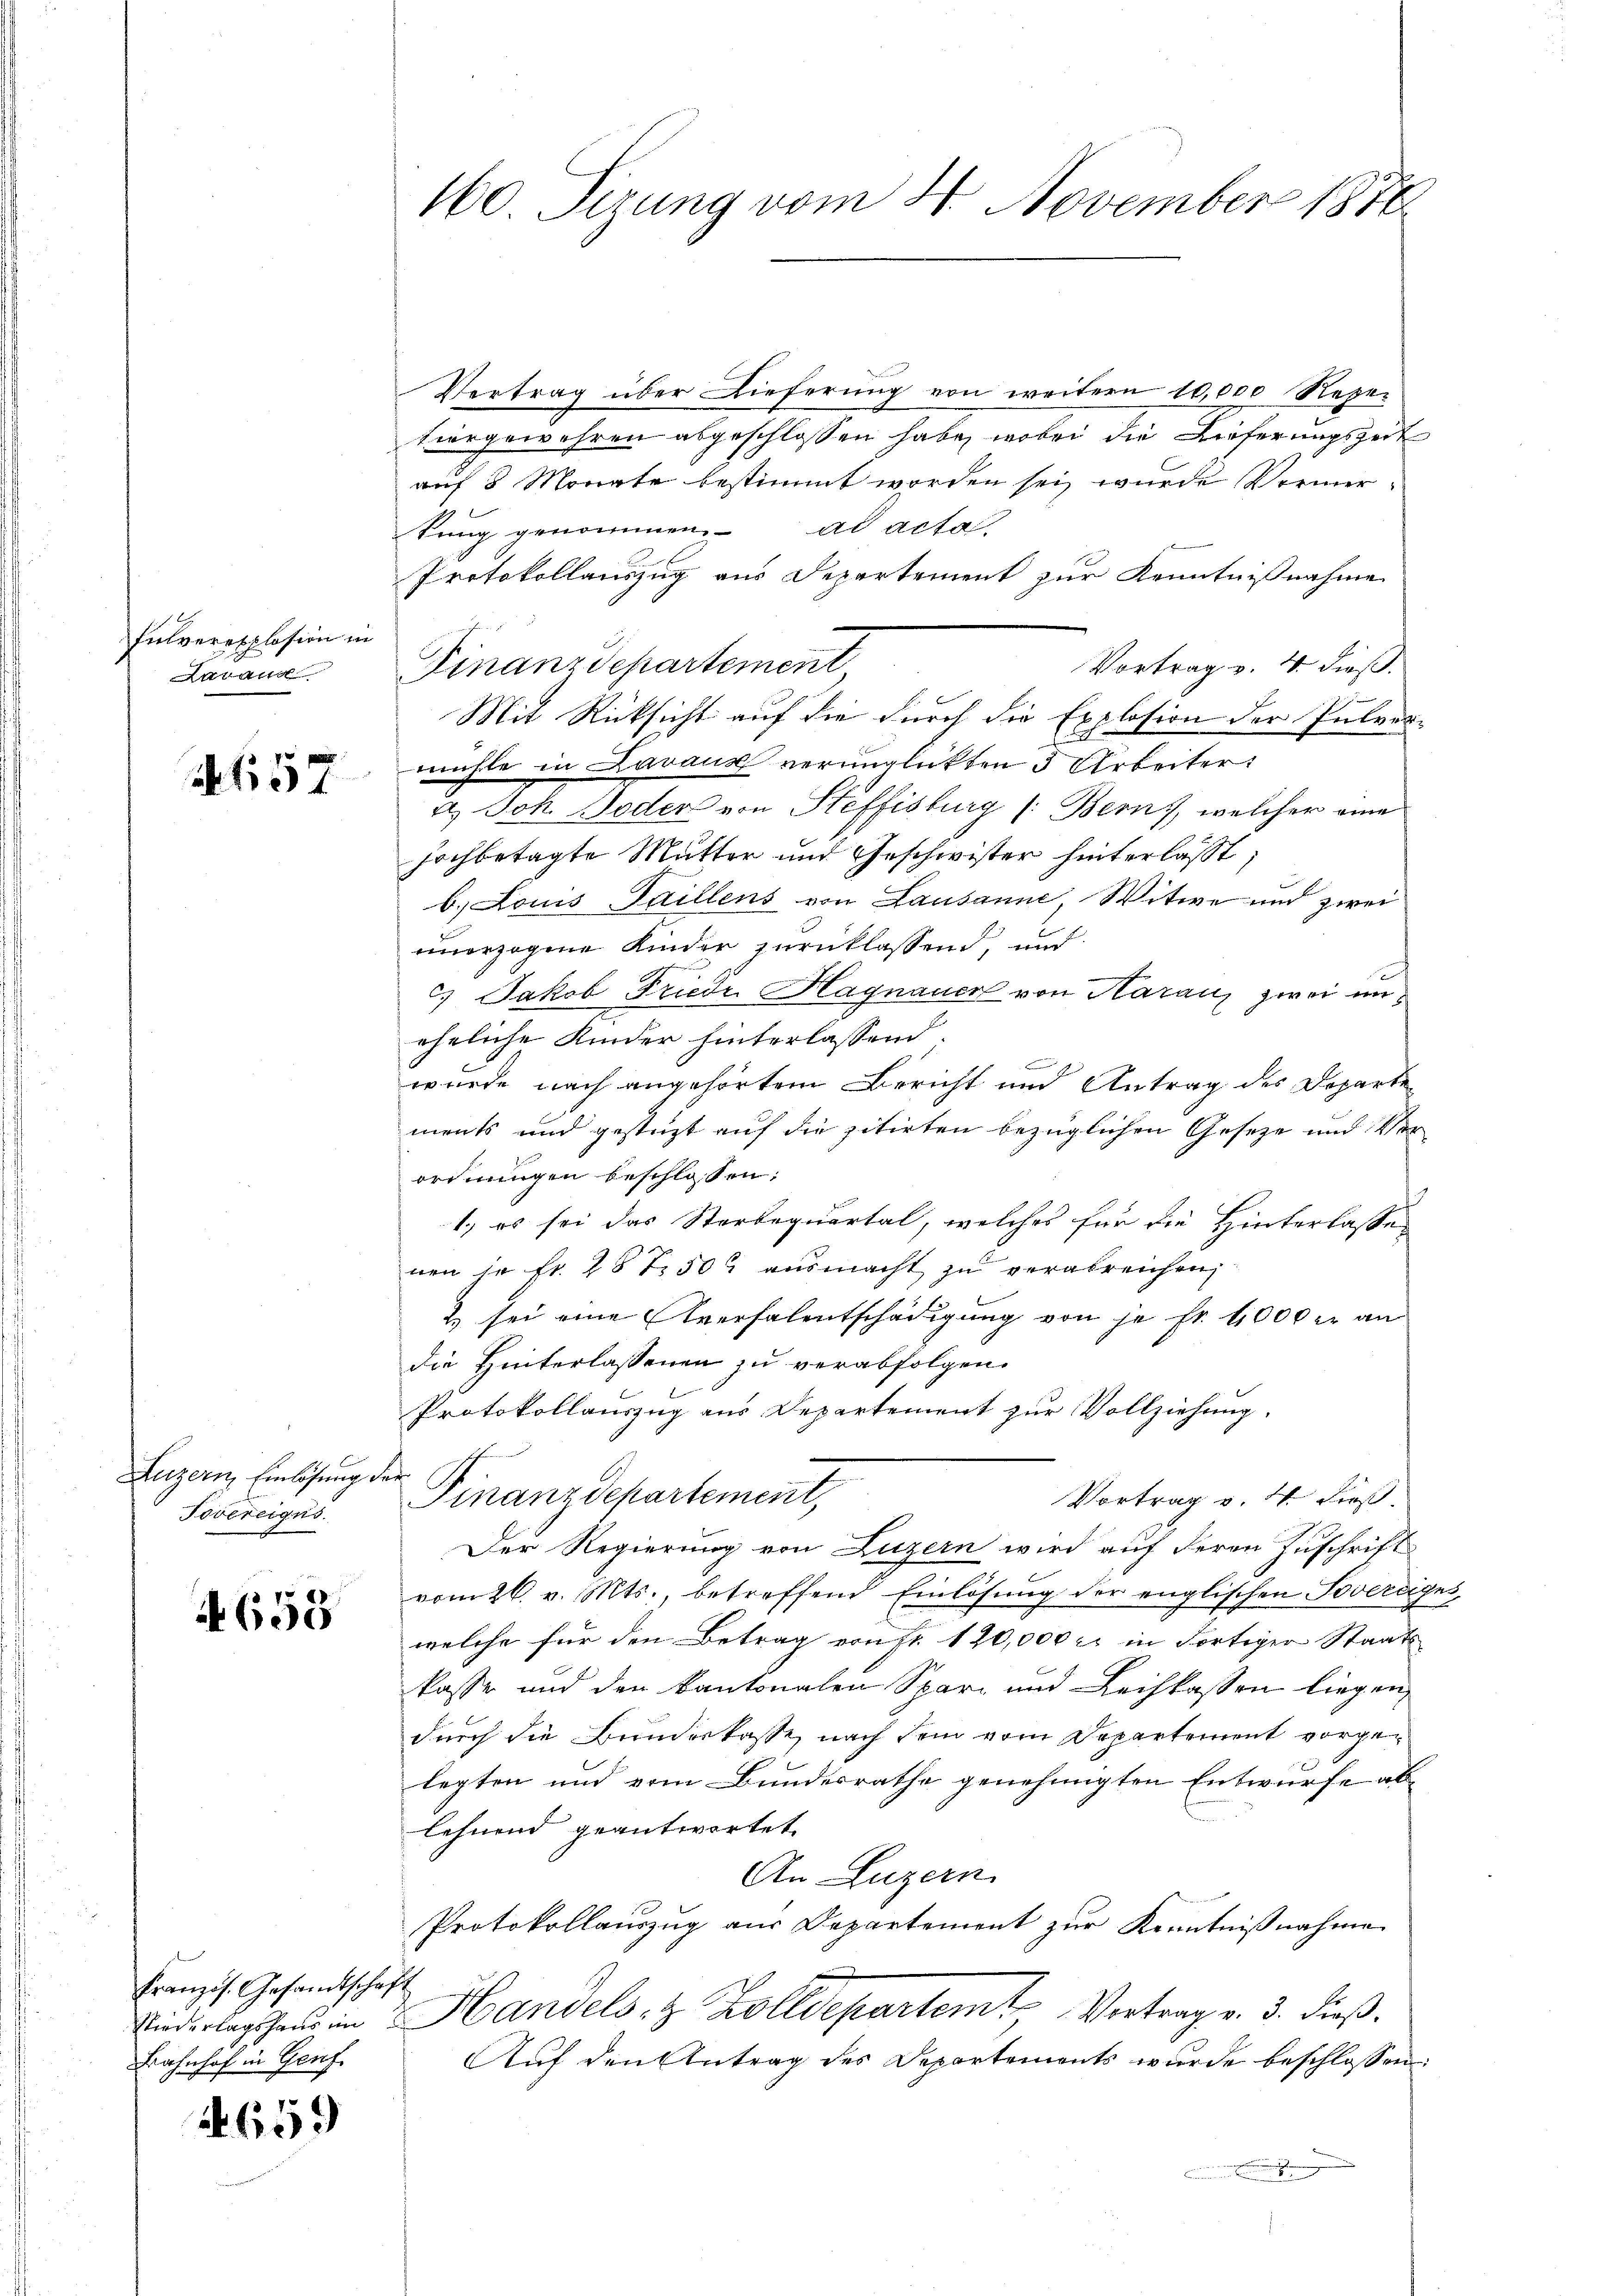
Fulverexplosion in
Arrang

657

Luzern Einlösung der
Tovereigus.

658

Vertrag über Lieferŭng von weitern 10,000 Reze
tiorgewehren abgeschlossen habe, wobei die Lieferungszeit
auf 3 Monate bestimmt worden sei, wurde Vormerkung genommen. ad acta.
Protokollauszug aus Departement zur Kenntnißnahme
Vortrag v. 4. dieß.
Finanzdepartement
Mit Rücksicht auf die durch die Explosion der Pulvermüchte in Lavaux verunglückten 3 Arbeiter
u. Joh. Toder von Steffisburg (: Bern, welcher eine
hochbetagte Mutter und Geschwister hinterlasst,
b. Louis Faillens von Lausanne Witwe und zwei
unerzogene Kinder zurücklassend, und
C) Jakob Friede Hagnauer von Haranz zwei uneheliche Kinder hinterlassend.

wurde nach angehörtem Bericht und Antrag des Departe
ments und gestüzt auf die zitirten bezüglichen Geseze und Ver
ordnungen beschlossen:
1.) es sei das Starbequartal, welches für die Hinterlasse
nen je fr. 287. 502 ausmacht zu verabreichen,
2 sei eine Aversalentschädigung von je fr. 4000 er andie Hinterlassenen zu verabfolgen.
Protokollauszug aus Departement zur Vollziehung.
Finanzdepartement,
Vortrag v. 4. dieß.
Der Regierung von Luzern wird auf deren Zuschrift
vom 26. v. Mts., betreffend Einlösung der englischen Soverdiges,
welche für den Betrag von Fr. 120,000 rl in Fortiger Staats
kasse und den kantonalen Spar- und Leihkassen liegen
durch die Bundeskasse nach dem vom Departement vorgelegten und vom Bundesrathe genehmigten Entwurfe ablehnend geantwortet
An Luzern
Protokollauszug aus Departement zur Kenntnißnahme
Niederlagshaus in Handels- & Zolldepartem Vortrag v. 3. dieß.
Aŭf den Antrag des Departements wŭrde beschlossen:
.

Französ. Gesandtschaft
Bahnhof in Genf.

2659

160. Sizung vom 4. November 1870